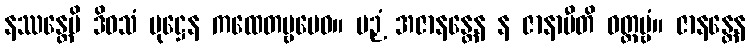
နဿန္တေပိ ဒိဝသံ ပုဋ္ဌေန ကထေတဗ္ဗမေဝ။ ပဉှံ အဇာနန္တေန န ဇာနာမီတိ ဝတ္တဗ္ဗံ။ ဇာနန္တေန